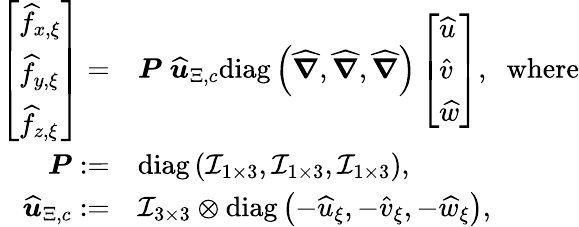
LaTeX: \begin{array}{rl}{\left[\begin{array}{l}{\widehat{f}_{x,\xi}}\\ {\widehat{f}_{y,\xi}}\\ {\widehat{f}_{z,\xi}}\end{array}\right]=}&{\boldsymbol{P}\; \boldsymbol{\widehat{u}}_{\Xi,c}\mathrm{diag}\left(\boldsymbol{\widehat{\nabla}},\boldsymbol{\widehat{\nabla}},\boldsymbol{\widehat{\nabla}}\right)\left[\begin{array}{l}{\widehat{u}}\\ {\widehat{v}}\\ {\widehat{w}}\end{array}\right],\; \; \mathrm{where}}\\ {\boldsymbol{P}:=}&{\mathrm{diag}\left(\mathcal{I}_{1\times 3},\mathcal{I}_{1\times 3},\mathcal{I}_{1\times 3}\right),}\\ {\boldsymbol{\widehat{u}}_{\Xi,c}:=}&{\mathcal{I}_{3\times 3}\otimes\mathrm{diag}\left(-\widehat{u}_{\xi},-\widehat{v}_{\xi},-\widehat{w}_{\xi}\right),}\end{array}